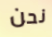
نحن